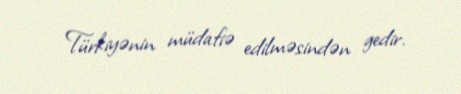
Türkiyənin müdafiə edilməsindən gedir.